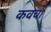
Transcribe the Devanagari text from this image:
कवच।